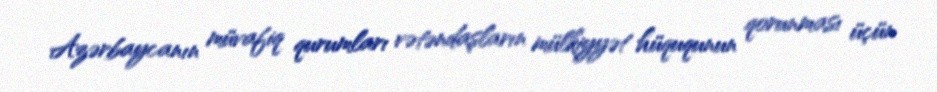
Azərbaycanın müvafiq qurumları vətəndaşların mülkiyyət hüququnun qorunması üçün